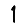
Digit: 1